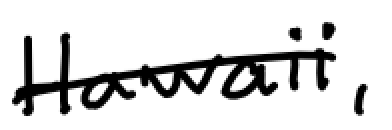
Text: Hawaii,
Cross-out: single-line
Writing tool: digital_black